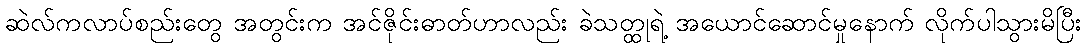
ဆဲလ်ကလာပ်စည်းတွေ အတွင်းက အင်ဇိုင်းဓာတ်ဟာလည်း ခဲသတ္ထုရဲ့ အယောင်ဆောင်မှုနောက် လိုက်ပါသွားမိပြီး